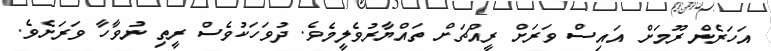
އަހަރެން ރޫމަށް އައިސް ވަރަށް ރީއްޗަށް ތައްޔާރުވެލީމެވެ. ދުވަހަކުވެސް ރީތި ނުވާހާ ވަރަށެވެ.